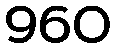
960